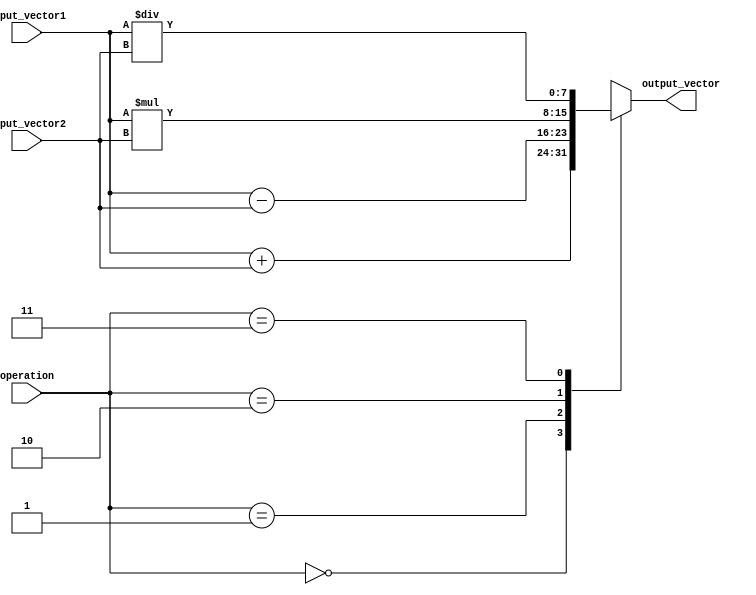
module Vector_ALU (
  input [7:0] input_vector1,
  input [7:0] input_vector2,
  input [1:0] operation, // 00: addition, 01: subtraction, 10: multiplication, 11: division
  output reg [7:0] output_vector
);

always @ (*)
begin
  case(operation)
    2'b00: output_vector = input_vector1 + input_vector2; // addition
    2'b01: output_vector = input_vector1 - input_vector2; // subtraction
    2'b10: output_vector = input_vector1 * input_vector2; // multiplication
    2'b11: output_vector = input_vector1 / input_vector2; // division
  endcase
end

endmodule